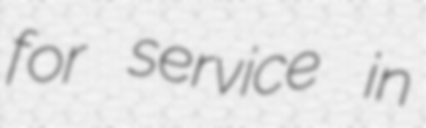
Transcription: for service in